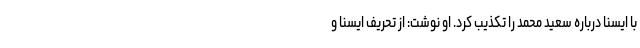
با ایسنا درباره سعید محمد را تکذیب کرد. او نوشت: از تحریف ایسنا و